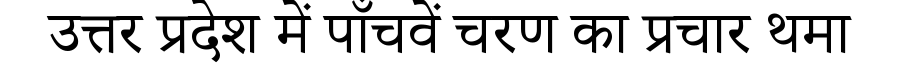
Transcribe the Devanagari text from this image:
उत्तर प्रदेश में पाँचवें चरण का प्रचार थमा